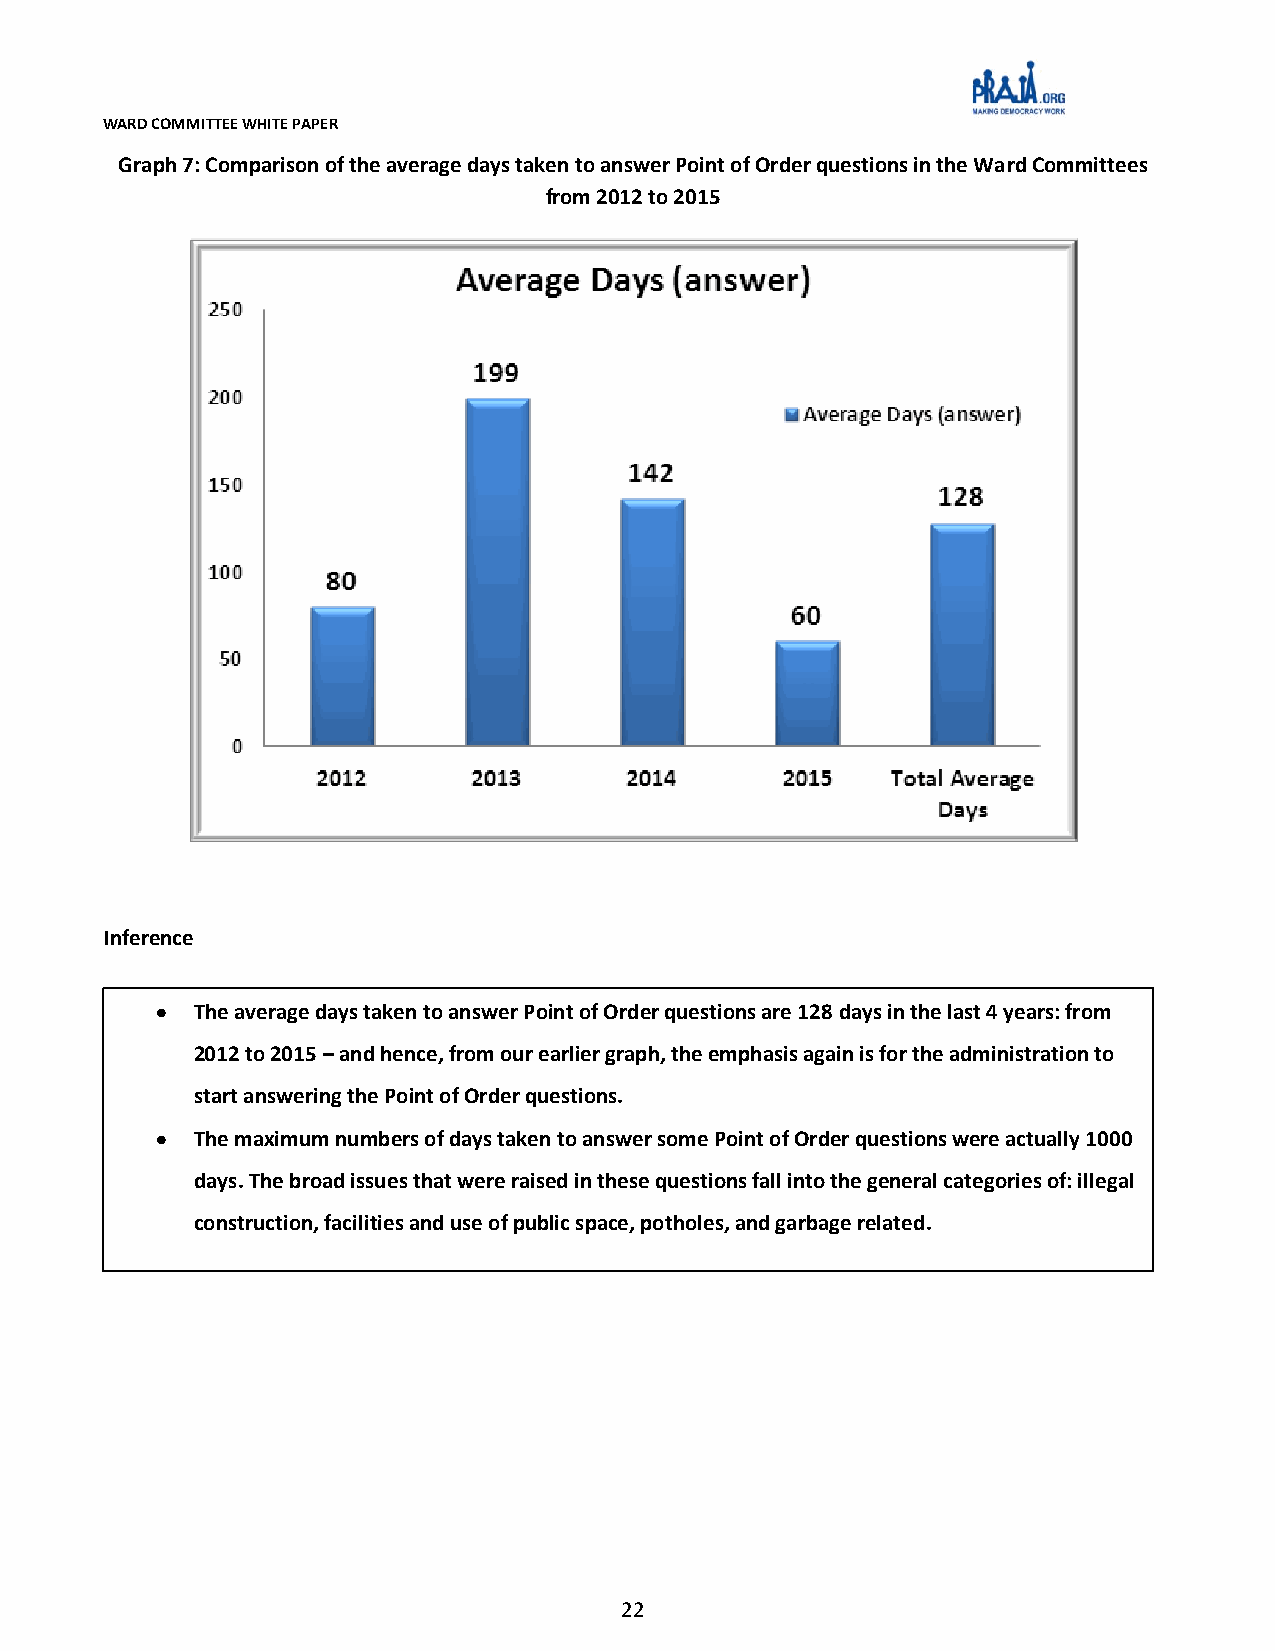
WARD COMMITTEE WHITE PAPER
 Graph 7: Comparison of the average days taken to answer Point of Order questions in the Ward Committees
 from 2012 to 2015
 Inference
 TThhee aavveerraaggee ddaayyss ttaakkeenn ttoo aannsswweerr PPooiinntt ooff OOrrddeerr qquueessttiioonnss aarree 112288 ddaayyss iinn tthhee llaasstt 44 yyeeaarrss:: ffrroomm
 22001122 ttoo 22001155 –– aanndd hheennccee,, ffrroomm oouurr eeaarrlliieerr ggrraapphh,, tthhee eemmpphhaassiiss aaggaaiinn iiss ffoorr tthhee aaddmmiinniissttrraattiioonn ttoo
 ssttaarrtt aannsswweerriinngg tthhee PPooiinntt ooff OOrrddeerr qquueessttiioonnss..
 TThhee mmaaxxiimmuumm nnuummbbeerrss ooff ddaayyss ttaakkeenn ttoo aannsswweerr ssoommee PPooiinntt ooff OOrrddeerr qquueessttiioonnss wweerree aaccttuuaallllyy 11000000
 ddaayyss.. TThhee bbrrooaadd iissssuueess tthhaatt wweerree rraaiisseedd iinn tthheessee qquueessttiioonnss ffaallll iinnttoo tthhee ggeenneerraall ccaatteeggoorriieess ooff:: iilllleeggaall
 ccoonnssttrruuccttiioonn,, ffaacciilliittiieess aanndd uussee ooff ppuubblliicc ssppaaccee,, ppootthhoolleess,, aanndd ggaarrbbaaggee rreellaatteedd..
 22